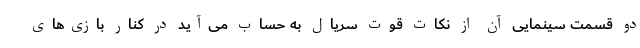
دو قسمت سینمایی آن از نکات قوت سریال به حساب می‌آید در کنار بازی‌های